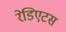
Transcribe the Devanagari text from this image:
रेडिएटस